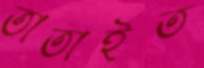
তাতাইত